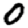
Digit: 0